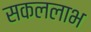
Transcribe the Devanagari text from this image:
सकललाभ